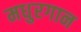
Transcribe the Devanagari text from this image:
मधुरगान